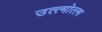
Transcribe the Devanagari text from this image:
उत्त्मोत्त्म